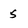
Character: 5